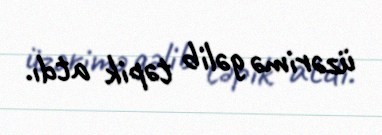
üzərimə gəlib təpik atdı.